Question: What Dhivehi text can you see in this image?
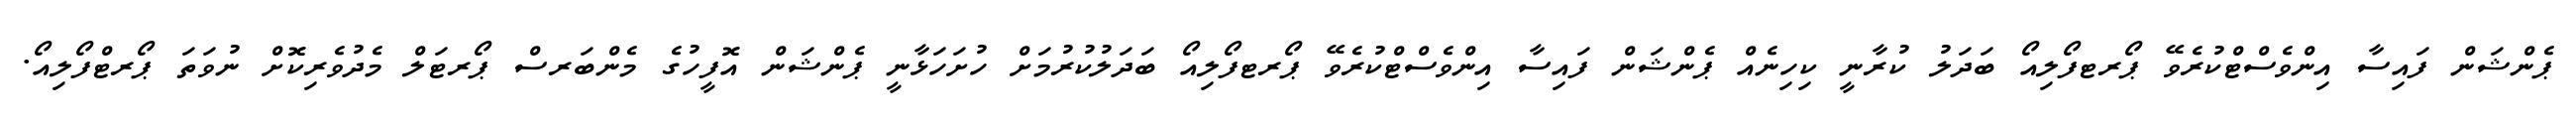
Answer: ޕެންޝަން ފައިސާ އިންވެސްޓްކުރެވޭ ޕޯރޓފޯލިއޯ ބަދަލު ކުރާނީ ކިހިނެއް ޕެންޝަން ފައިސާ އިންވެސްޓްކުރެވޭ ޕޯރޓފޯލިއޯ ބަދަލުކުރުމަށް ހުށަހަޅާނީ ޕެންޝަން އޮފީހުގެ މެންބަރސް ޕޯރޓަލް މެދުވެރިކޮށް ނުވަތަ ޕޯރޓްފޯލިއޯ.